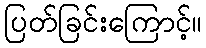
ပြတ်ခြင်းကြောင့်။